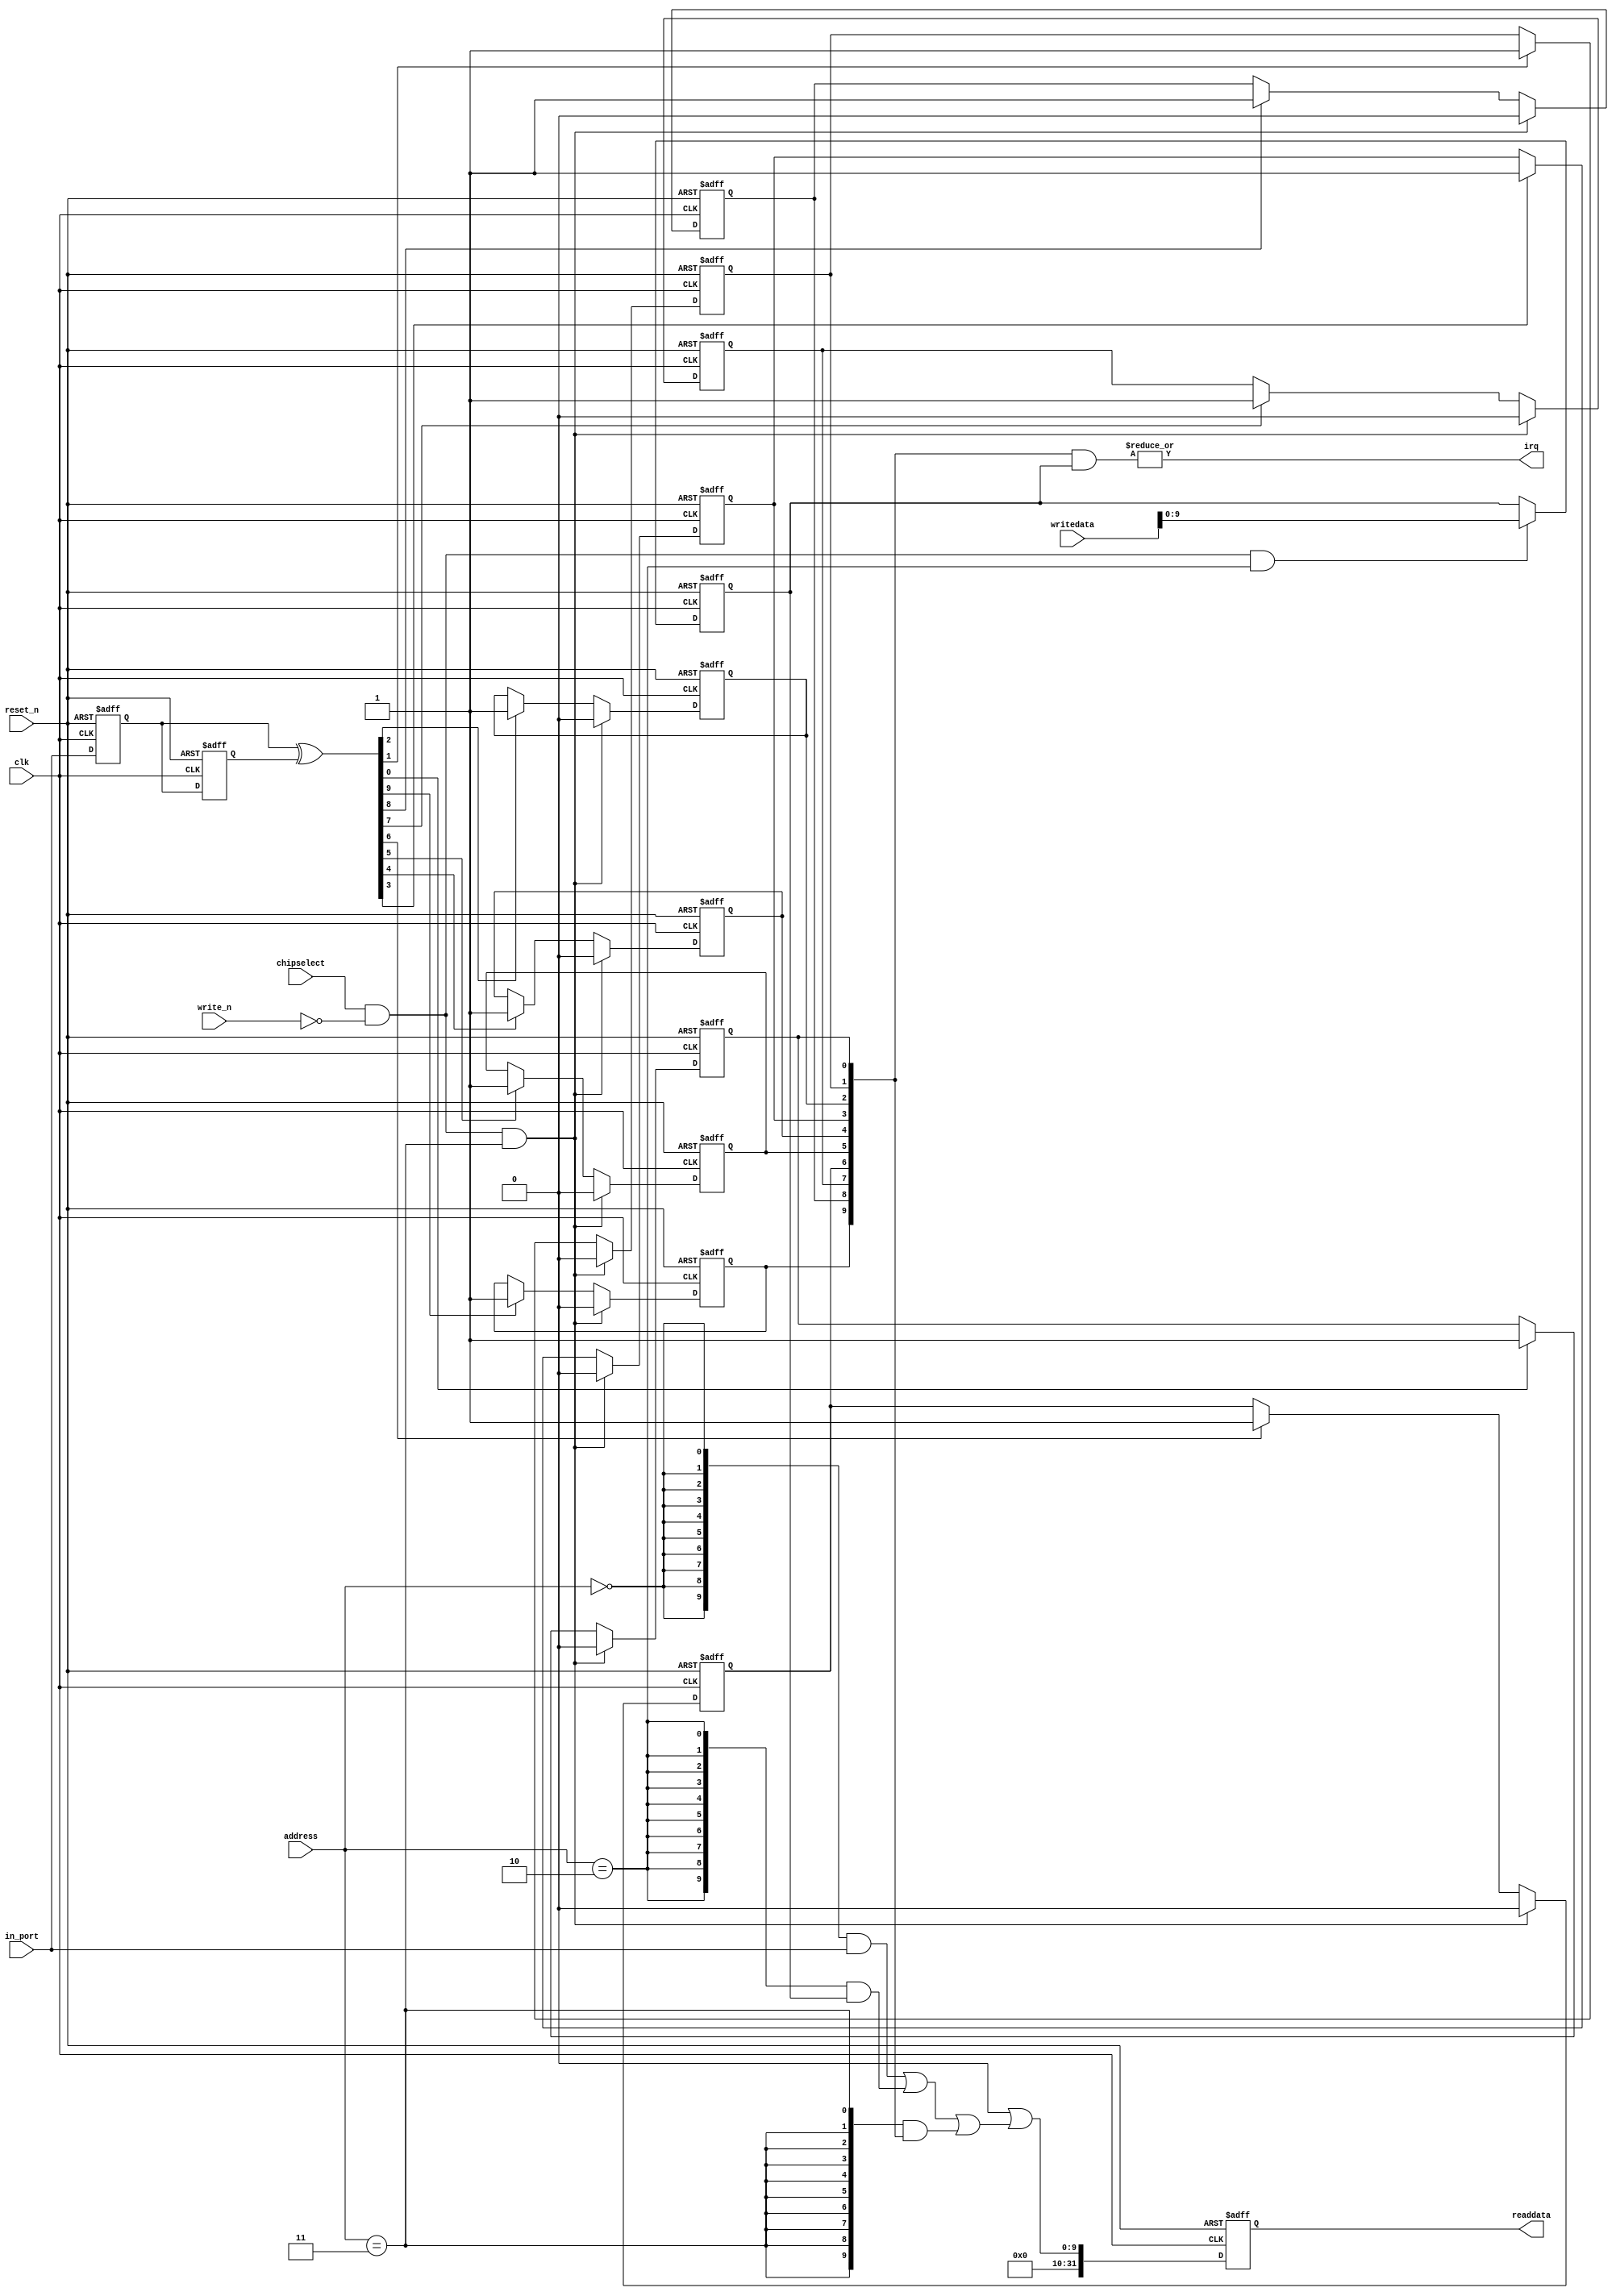
module DE0_NANO_SOC_QSYS_sw (
                              // inputs:
                               address,
                               chipselect,
                               clk,
                               in_port,
                               reset_n,
                               write_n,
                               writedata,

                              // outputs:
                               irq,
                               readdata
                            )
;

  output           irq;
  output  [ 31: 0] readdata;
  input   [  1: 0] address;
  input            chipselect;
  input            clk;
  input   [  9: 0] in_port;
  input            reset_n;
  input            write_n;
  input   [ 31: 0] writedata;

  wire             clk_en;
  reg     [  9: 0] d1_data_in;
  reg     [  9: 0] d2_data_in;
  wire    [  9: 0] data_in;
  reg     [  9: 0] edge_capture;
  wire             edge_capture_wr_strobe;
  wire    [  9: 0] edge_detect;
  wire             irq;
  reg     [  9: 0] irq_mask;
  wire    [  9: 0] read_mux_out;
  reg     [ 31: 0] readdata;
  assign clk_en = 1;
  //s1, which is an e_avalon_slave
  assign read_mux_out = ({10 {(address == 0)}} & data_in) |
    ({10 {(address == 2)}} & irq_mask) |
    ({10 {(address == 3)}} & edge_capture);

  always @(posedge clk or negedge reset_n)
    begin
      if (reset_n == 0)
          readdata <= 0;
      else if (clk_en)
          readdata <= {32'b0 | read_mux_out};
    end


  assign data_in = in_port;
  always @(posedge clk or negedge reset_n)
    begin
      if (reset_n == 0)
          irq_mask <= 0;
      else if (chipselect && ~write_n && (address == 2))
          irq_mask <= writedata[9 : 0];
    end


  assign irq = |(edge_capture & irq_mask);
  assign edge_capture_wr_strobe = chipselect && ~write_n && (address == 3);
  always @(posedge clk or negedge reset_n)
    begin
      if (reset_n == 0)
          edge_capture[0] <= 0;
      else if (clk_en)
          if (edge_capture_wr_strobe)
              edge_capture[0] <= 0;
          else if (edge_detect[0])
              edge_capture[0] <= -1;
    end


  always @(posedge clk or negedge reset_n)
    begin
      if (reset_n == 0)
          edge_capture[1] <= 0;
      else if (clk_en)
          if (edge_capture_wr_strobe)
              edge_capture[1] <= 0;
          else if (edge_detect[1])
              edge_capture[1] <= -1;
    end


  always @(posedge clk or negedge reset_n)
    begin
      if (reset_n == 0)
          edge_capture[2] <= 0;
      else if (clk_en)
          if (edge_capture_wr_strobe)
              edge_capture[2] <= 0;
          else if (edge_detect[2])
              edge_capture[2] <= -1;
    end


  always @(posedge clk or negedge reset_n)
    begin
      if (reset_n == 0)
          edge_capture[3] <= 0;
      else if (clk_en)
          if (edge_capture_wr_strobe)
              edge_capture[3] <= 0;
          else if (edge_detect[3])
              edge_capture[3] <= -1;
    end


  always @(posedge clk or negedge reset_n)
    begin
      if (reset_n == 0)
          edge_capture[4] <= 0;
      else if (clk_en)
          if (edge_capture_wr_strobe)
              edge_capture[4] <= 0;
          else if (edge_detect[4])
              edge_capture[4] <= -1;
    end


  always @(posedge clk or negedge reset_n)
    begin
      if (reset_n == 0)
          edge_capture[5] <= 0;
      else if (clk_en)
          if (edge_capture_wr_strobe)
              edge_capture[5] <= 0;
          else if (edge_detect[5])
              edge_capture[5] <= -1;
    end


  always @(posedge clk or negedge reset_n)
    begin
      if (reset_n == 0)
          edge_capture[6] <= 0;
      else if (clk_en)
          if (edge_capture_wr_strobe)
              edge_capture[6] <= 0;
          else if (edge_detect[6])
              edge_capture[6] <= -1;
    end


  always @(posedge clk or negedge reset_n)
    begin
      if (reset_n == 0)
          edge_capture[7] <= 0;
      else if (clk_en)
          if (edge_capture_wr_strobe)
              edge_capture[7] <= 0;
          else if (edge_detect[7])
              edge_capture[7] <= -1;
    end


  always @(posedge clk or negedge reset_n)
    begin
      if (reset_n == 0)
          edge_capture[8] <= 0;
      else if (clk_en)
          if (edge_capture_wr_strobe)
              edge_capture[8] <= 0;
          else if (edge_detect[8])
              edge_capture[8] <= -1;
    end


  always @(posedge clk or negedge reset_n)
    begin
      if (reset_n == 0)
          edge_capture[9] <= 0;
      else if (clk_en)
          if (edge_capture_wr_strobe)
              edge_capture[9] <= 0;
          else if (edge_detect[9])
              edge_capture[9] <= -1;
    end


  always @(posedge clk or negedge reset_n)
    begin
      if (reset_n == 0)
        begin
          d1_data_in <= 0;
          d2_data_in <= 0;
        end
      else if (clk_en)
        begin
          d1_data_in <= data_in;
          d2_data_in <= d1_data_in;
        end
    end


  assign edge_detect = d1_data_in ^  d2_data_in;

endmodule